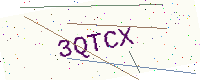
Text: 3QTCX